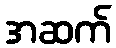
အဆက်